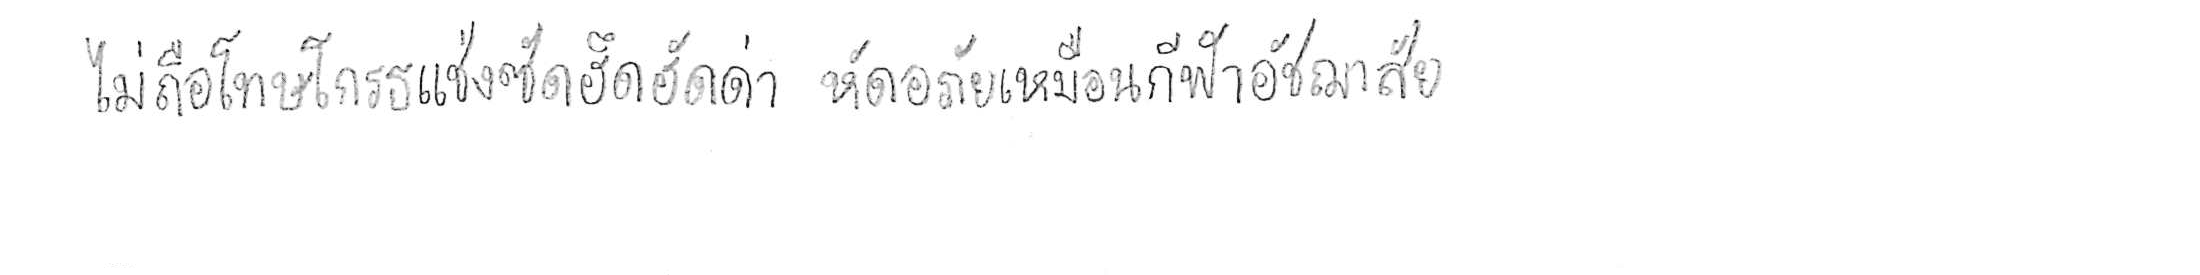
ไม่ถือโทษโกรธแช่งซัดฮึดฮัดด่า หัดอภัยเหมือนกีฬาอัชฌาสัย